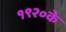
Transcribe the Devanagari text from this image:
१९२०के